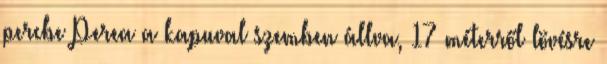
percbe Perea a kapuval szemben állva, 17 méterről lövésre